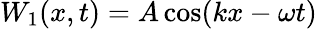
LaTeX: W_{1}(x,t)=A\cos(kx-\omega t)